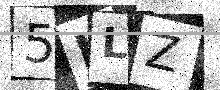
Text: 5KLZ